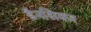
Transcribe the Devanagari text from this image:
डैनसिकर